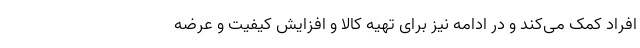
افراد کمک می‌کند و در ادامه نیز برای تهیه کالا و افزایش کیفیت و عرضه